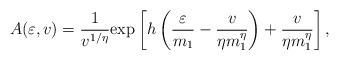
\begin{align*}A(\varepsilon,v)={1\over v^{1/ \eta}} \hbox{exp}\left[h\left({\varepsilon\over {m_1}}-{v \over\eta m_1^\eta}\right)+{v \over\eta m_1^\eta} \right],\end{align*}